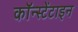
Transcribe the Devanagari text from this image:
कॉन्स्टेंटाइन